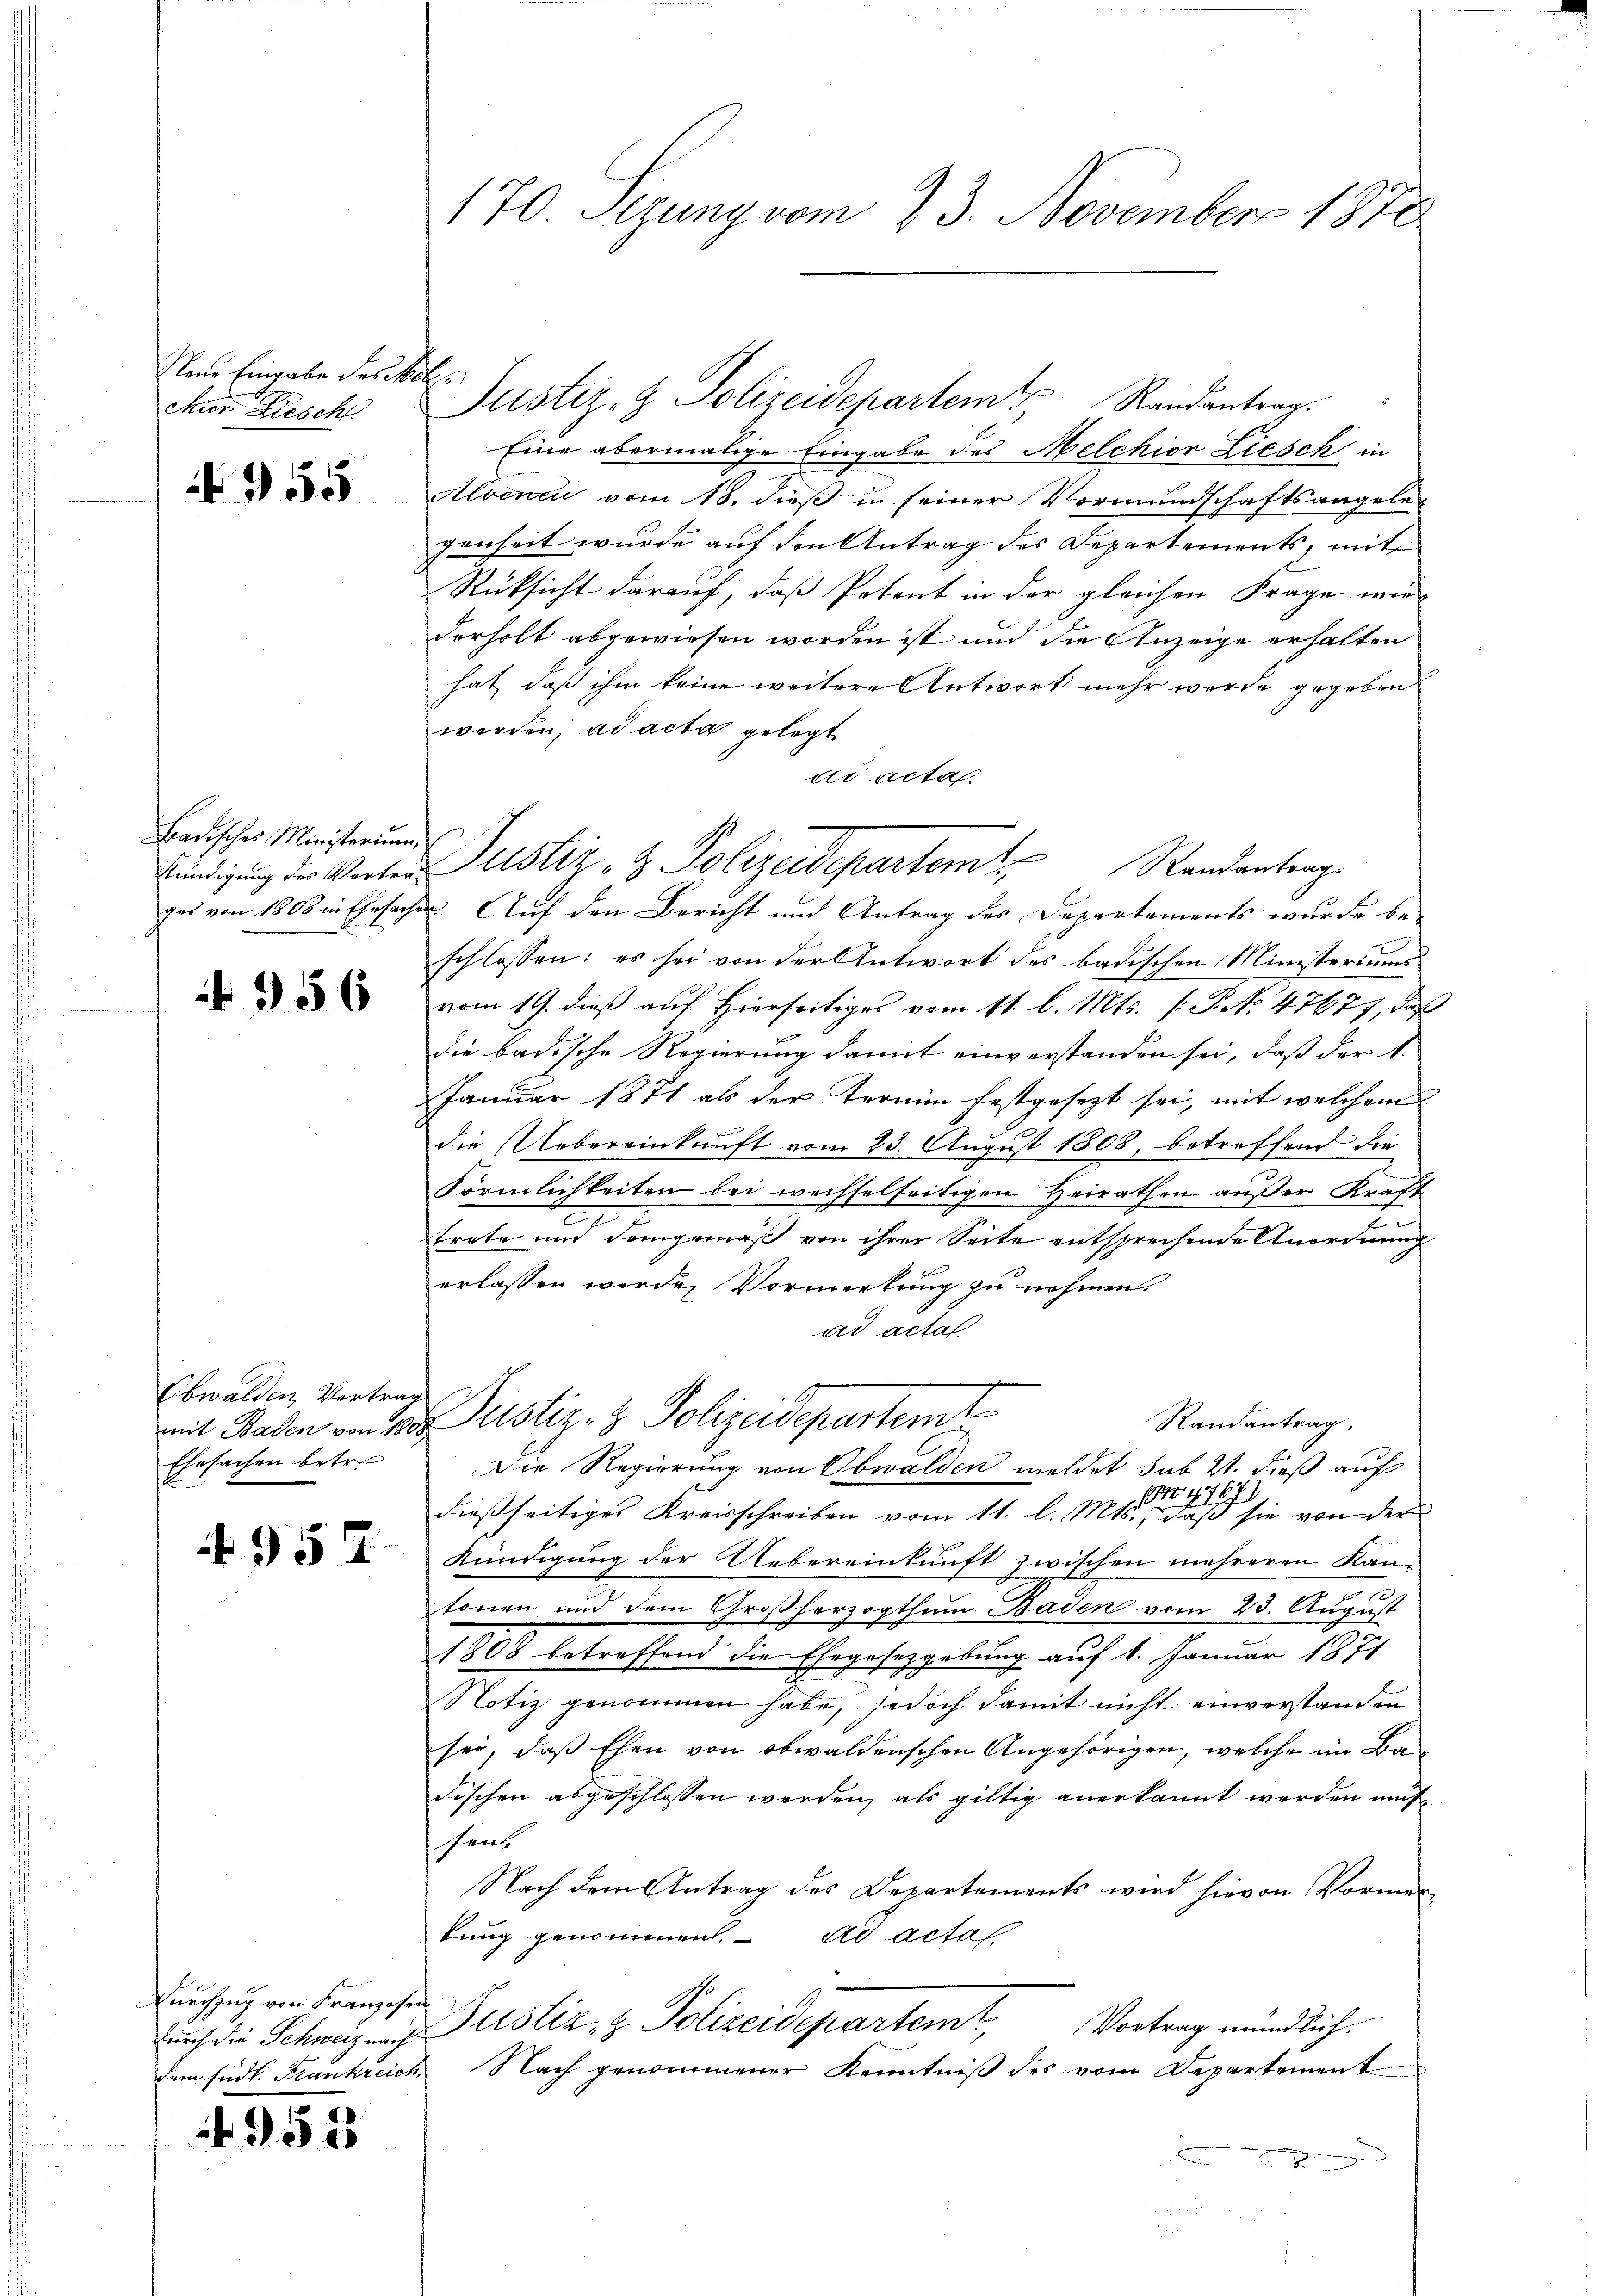
Neue Eingabe des Möl
chior Rieschl

55

Badisches Ministerium

956

Obwalden Vertrag
Ehesachen betr.

957

Durchzug von Franzosen

49528

170. Segung vom 23. November 1870

Justiz- & Polizeidepartem Randantrag.

Eine abermalige Eingabe des Melchior Liesch in
Alvenci vom 18. dieß in seiner Vormundschaftsangelegenheit wurde auf den Antrag des Departements, mit
Rücksicht darauf, daß Petent in der gleichen Frage wir
derholt abgewiesen worden ist und die Anzeige erhalten
hat, daß ihm keine weitere Antwort mehr wurde gegeben
werden, ad acta gelegt
dr Acta.
ges von 1808 in Ehrsachen. Auf den Bericht und Antrag des Departements wurde be-
schlossen: es sei von der Antwort des badischen Ministeriums
vom 19. dieß auf Hierseitig vom 11. l. Mts. (: P. No 47677, daß
die badische Regierung damit einverstanden sei, daß der 1.
Januar 1871 als der Termin festgesezt sei, mit welchem
die Uebereinkunft vom 23. August 1808, betreffend die
Förmlichkeiten bei wechselseitigen Heirathen außer Kraft
trate und demgemäß von ihrer Seite entsprechende Anordnung
erlassen werden Vormerkung zu nehmen.
ad actal.
e
Randantrag.
mit Baden von 10. Justiz- & Polizeidepartemt
C
Die Regierung von Obwalden meldet sub 2. dieß auf
4767)
dießseitiges Kreisschreiben vom 11. l. Mts., daß sie von der
Kündigung der Uebereinkunft zwischen mehreren Kan-
tonen und dem Großherzogthum Baden vom 23. August
1808 betreffend die Ehegesetzgebung auf 1. Januar 1871
Notiz genommen habe, jedoch damit nicht einverstanden
sei, daß Ehen von obwaldenschen Angehörigen, welche im Ba
Fischen abgeschlossen werden, als giltig anerkannt werden mus
sent
Nach dem Antrag des Departements wird hievon Vormen-
tung genommen. ad acta
durch die Schweizen Justiz- & Polizeidepartem Vortrag mündlich.
dem südt. Frankreich. Nach genommener Kenntniß des vom Departement
u

kündigung der Werten Justiz- & Polizeidepartem Randantrag